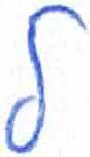
אות: ל